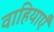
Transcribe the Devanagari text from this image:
वाहियाएँ